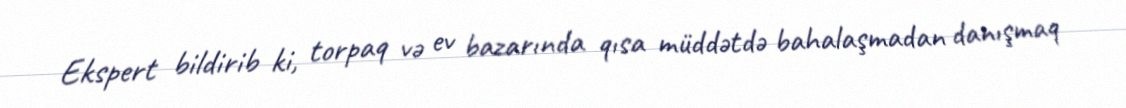
Ekspert bildirib ki, torpaq və ev bazarında qısa müddətdə bahalaşmadan danışmaq